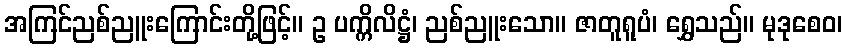
အကြင်ညစ်ညူးကြောင်းတို့ဖြင့်။ ဥ ပက္ကိလိဋ္ဌံ၊ ညစ်ညူးသော။ ဇာတူရူပံ၊ ရွှေသည်။ မုဒုစေဝ၊